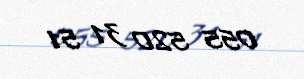
055 520 31 51